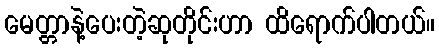
မေတ္တာနဲ့ပေးတဲ့ဆုတိုင်းဟာ ထိရောက်ပါတယ်။